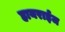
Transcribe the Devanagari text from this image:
हायराईज